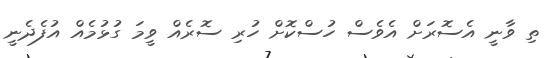
ތި ވާނީ އެސޮރަށް އެވެސް ހުސްކޮށް ހުރި ސޮރެއް ވީމަ ގުޅުމެއް އުފެދެނީ